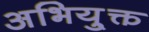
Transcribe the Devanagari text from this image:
अभियु्क्त